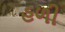
હળી